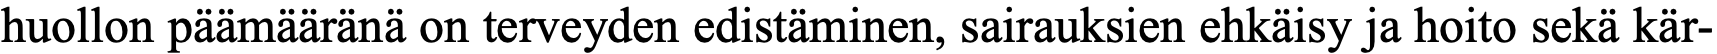
huollon päämääränä on terveyden edistäminen, sairauksien ehkäisy ja hoito sekä kär-